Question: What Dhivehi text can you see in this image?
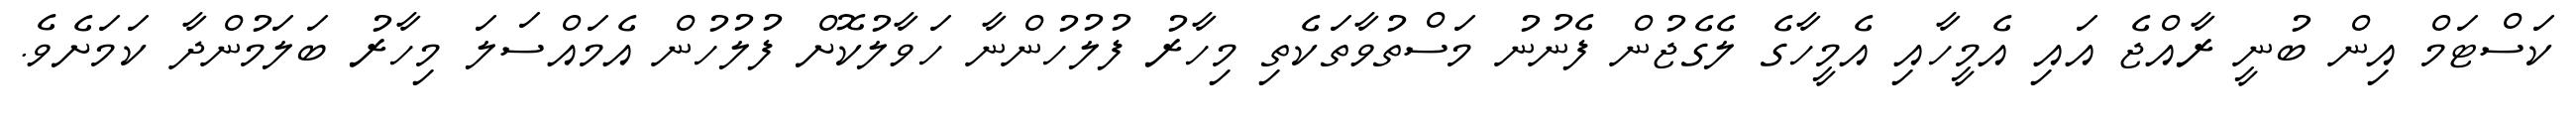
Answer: ކަސްޓަމް އިން ބުނީ ރާއްޖެ އައި އެމީހާއި އެމީހާގެ ލެގެޖުން ފެނުނު މަސްތުވާތަކެތި މިހާރު ފުލުހުންނާ ހަވާލުކޮށް ފުލުހުން އެމައްސަލަ މިހާރު ބަލަމުންދާ ކަމަށެވެ.